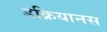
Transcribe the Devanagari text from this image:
डेक्रियानस